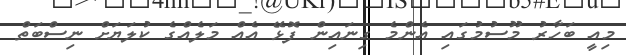
މިއީ ބަހާރު މޫސުމުގައި އެންމެ ގިނައިން ފޮޅޭ އެއް މަލެއްގެ ކުލަޔަށް ނިސްބަތް